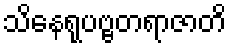
သိနေရုပဗ္ဗတရာဇာတိ